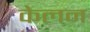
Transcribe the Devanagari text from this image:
केलन